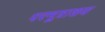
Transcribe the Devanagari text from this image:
परमूत्राशय